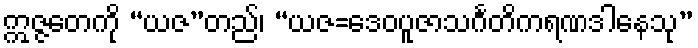
ဣဇ္ဇတေကို “ယဇ”တည်၊ “ယဇ=ဒေဝပူဇာသင်္ဂတိကရဏဒါနေသု”